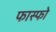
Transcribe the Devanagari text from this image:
फास्फो